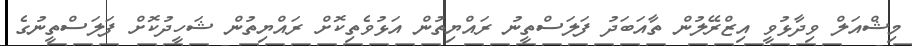
މިޝްއަލް ވިދާޅުވީ އިޒްރޭލުން ތާއަބަދު ފަލަސްތީނު ރައްޔިތުން އަޅުވެތިކޮށް ރައްޔިތުން ޝަހީދުކޮށް ފަލަސްތީނުގެ